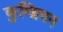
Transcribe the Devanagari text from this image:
कुम्ब्रियन